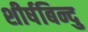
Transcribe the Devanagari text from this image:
शीर्षबिन्दु